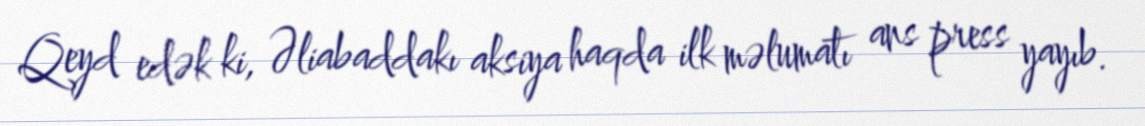
Qeyd edək ki, Əliabaddakı aksiya haqda ilk məlumatı ans press yayıb.